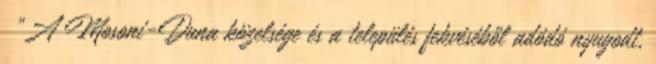
▪„A Mosoni-Duna közelsége és a település fekvéséből adódó nyugodt,